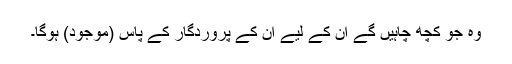
وہ جو کچھ چاہیں گے ان کے لیے ان کے پروردگار کے پاس (موجود) ہوگا۔